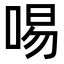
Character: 𠴭